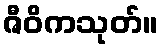
ဇီဝိကသုတ်။